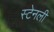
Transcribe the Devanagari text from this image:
स्‍टेनली